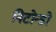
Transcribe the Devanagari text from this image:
निटोन्डो